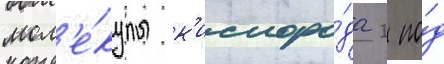
мол'е́кулы к'ислоро́да 2 по́д